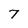
Character: 7